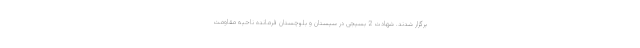
برگزار شدند. شهادت 2 بسیجی در سیستان و بلوچستان فرمانده ناحیه مقاومت